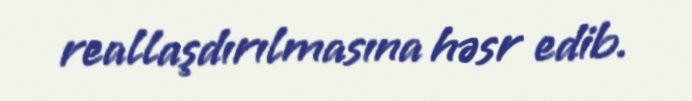
reallaşdırılmasına həsr edib.